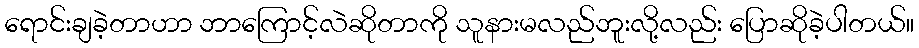
ရောင်းချခဲ့တာဟာ ဘာကြောင့်လဲဆိုတာကို သူနားမလည်ဘူးလို့လည်း ပြောဆိုခဲ့ပါတယ်။